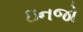
ઇનજો